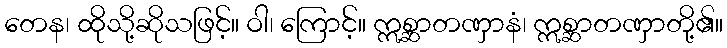
တေန၊ ထိုသို့ဆိုသဖြင့်။ ဝါ၊ ကြောင့်။ ဣစ္ဆာတဏှာနံ၊ ဣစ္ဆာတဏှာတို့၏။